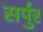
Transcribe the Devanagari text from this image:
सर्पुर